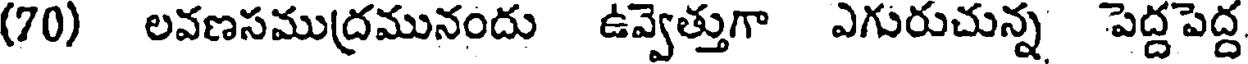
(70) లవణసముద్రమునందు ఉవ్వెత్తుగా ఎగురుచున్న పెద్దపెద్ద